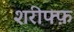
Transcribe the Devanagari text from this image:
शरीफ्फ़